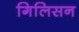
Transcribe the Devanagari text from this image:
गिलिसन